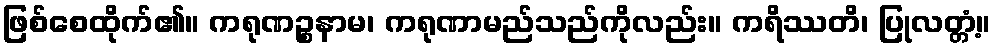
ဖြစ်စေထိုက်၏။ ကရုဏဉ္စနာမ၊ ကရုဏာမည်သည်ကိုလည်း။ ကရိဿတိ၊ ပြုလတ္တံ့။